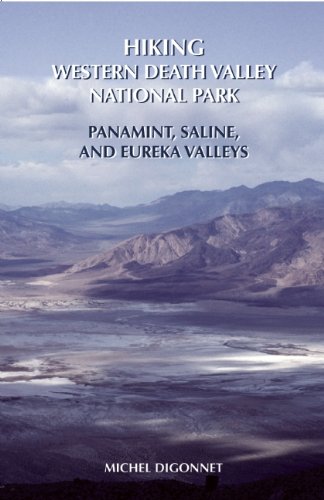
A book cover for Hiking Western Death Valley National Park: Panamint, Saline, and Eureka Valleys; Michel Digonnet; Travel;